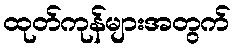
ထုတ်ကုန်များအတွက်